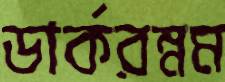
ডার্করম্নম